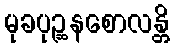
မုခပုဉ္ဆနစောလန္တိ